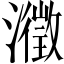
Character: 瀓